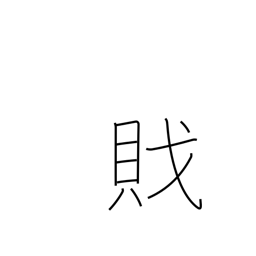
Meaning: pirate